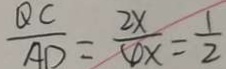
\frac { Q C } { A D } = \frac { 2 x } { 4 x } = \frac { 1 } { 2 }